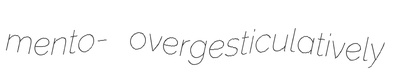
mento- overgesticulatively